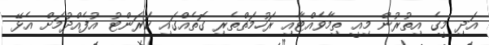
އަދި މީގެ އިތުރުން މިއީ ތިމާވެއްޓާއި ރަހުމަތްތެރި ގޮތެއްގައި ކަރަންޓު އުފެއްދުމަށް އެޅޭ